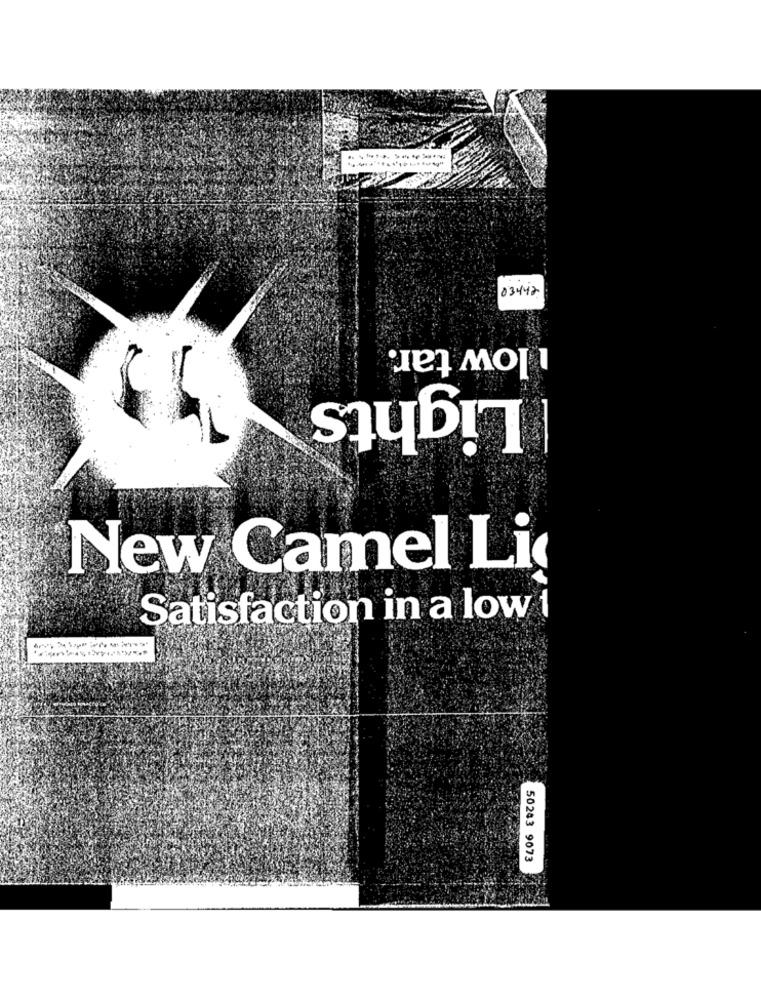
03442
low tar.
Lights
New Camel Lig
Satisfaction in a low 1
50243 9073